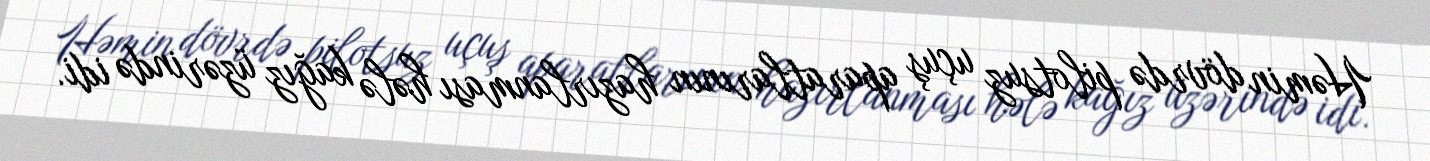
Həmin dövrdə pilotsuz uçuş aparatlarının hazırlanması hələ kağız üzərində idi.